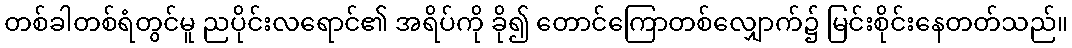
တစ်ခါတစ်ရံတွင်မူ ညပိုင်းလရောင်၏ အရိပ်ကို ခို၍ တောင်ကြောတစ်လျှောက်၌ မြင်းစိုင်းနေတတ်သည်။